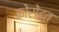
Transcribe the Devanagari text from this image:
कोरोइत